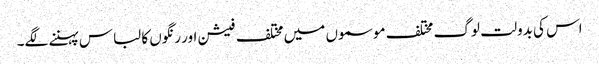
اس کی بدولت لوگ مختلف موسموں میں مختلف فیشن اور رنگوں کا لباس پہننے لگے۔